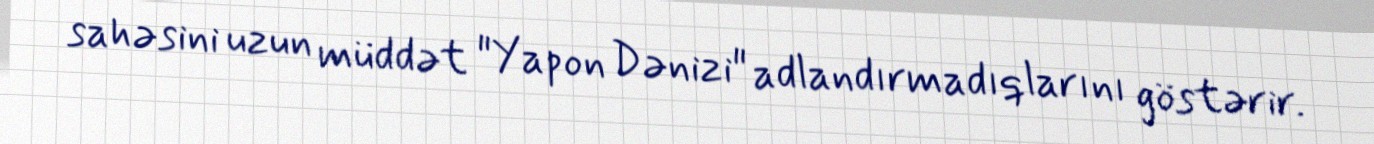
sahəsini uzun müddət "Yapon Dənizi" adlandırmadıqlarını göstərir.